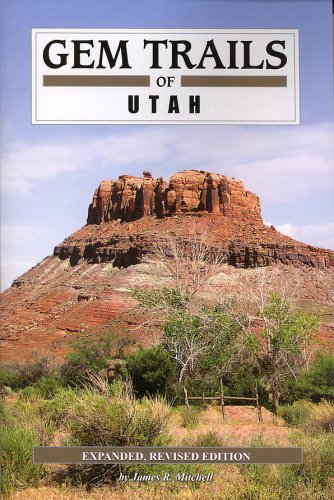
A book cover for Gem Trails of Utah; James R. Mitchell; Science & Math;